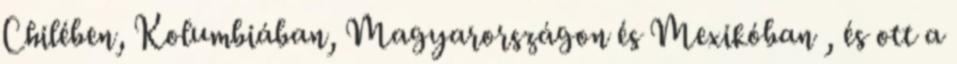
Chilében, Kolumbiában, Magyarországon és Mexikóban , és ott a